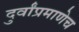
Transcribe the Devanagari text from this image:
दुर्वांप्रमाणेच